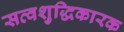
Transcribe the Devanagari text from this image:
सत्वशुद्धिकारक